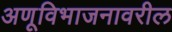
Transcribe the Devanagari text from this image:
अणूविभाजनावरील